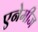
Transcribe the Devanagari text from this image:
एनेमीज